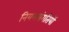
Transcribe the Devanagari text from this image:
नियमसंगतियों